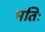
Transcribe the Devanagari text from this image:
मतिः